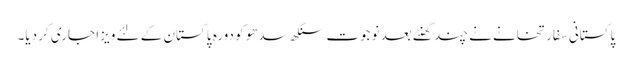
پاکستانی سفارتخانے نے چند گھنٹے بعد نوجوت سنگھ سدھو کو دورہ پاکستان کے لئے ویزا جاری کر دیا۔